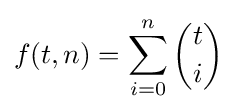
f(t,n)=\sum _{i=0}^{n}{\binom {t}{i}}